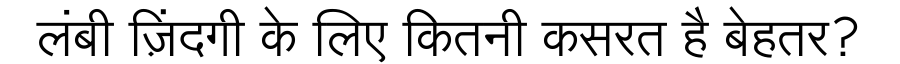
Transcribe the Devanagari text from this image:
लंबी ज़िंदगी के लिए कितनी कसरत है बेहतर?